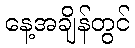
နေ့အချိန်တွင်